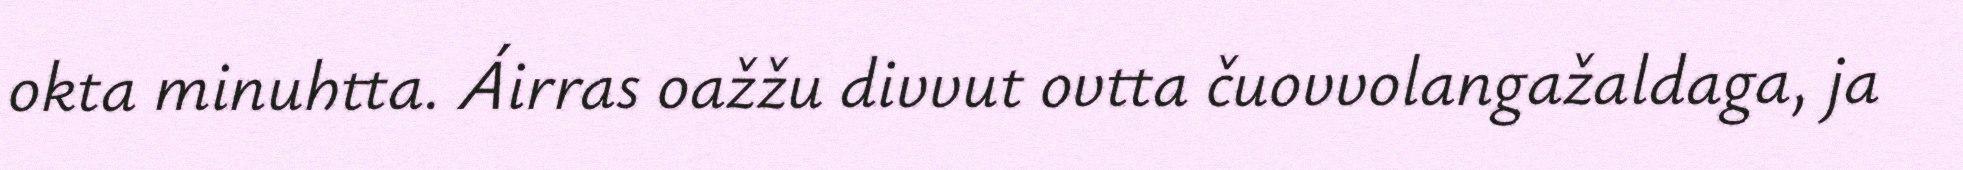
okta minuhtta. Áirras oažžu divvut ovtta čuovvolangažaldaga, ja